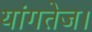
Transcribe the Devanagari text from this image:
यांगतेज।